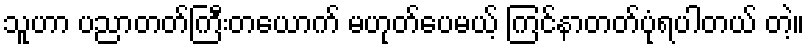
သူဟာ ပညာတတ်ကြီးတယောက် မဟုတ်ပေမယ့် ကြင်နာတတ်ပုံရပါတယ် တဲ့။